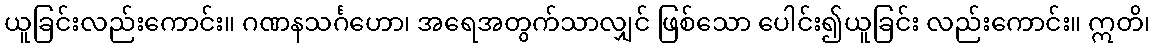
ယူခြင်းလည်းကောင်း။ ဂဏနသင်္ဂဟော၊ အရေအတွက်သာလျှင် ဖြစ်သော ပေါင်း၍ယူခြင်း လည်းကောင်း။ ဣတိ၊